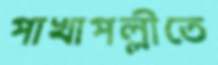
পাখাপল্লীতে